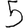
Digit: 5